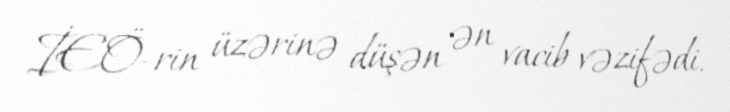
İEÖ-rin üzərinə düşən ən vacib vəzifədi.